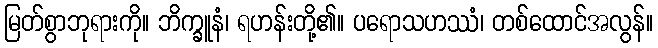
မြတ်စွာဘုရားကို။ ဘိက္ခူနံ၊ ရဟန်းတို့၏။ ပရောသဟဿံ၊ တစ်ထောင်အလွန်။